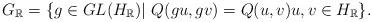
LaTeX: \begin{align*}G_{\mathbb{R}}=\{ g\in GL(H_{\mathbb{R}})|~ Q(gu, gv)=Q(u, v) u, v\in H_{\mathbb{R}}\}.\end{align*}